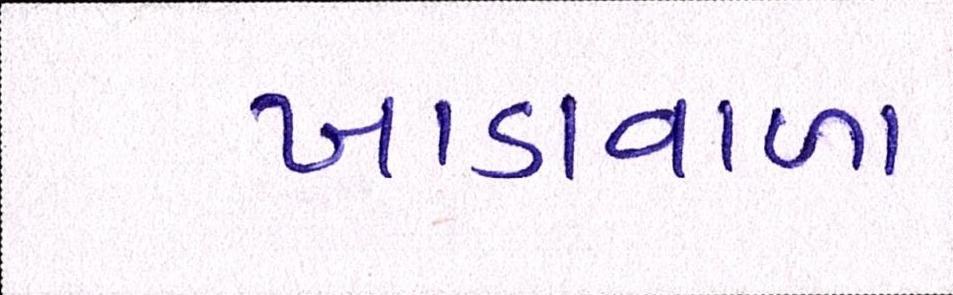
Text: ખાડાવાળા